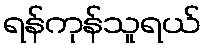
ရန်ကုန်သူရယ်